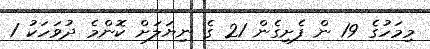
މިމަހުގެ 19 ން ފެށިގެން 21 ގެ ނިޔަލަށް ކޮންމެ ދުވަހަކު 1